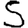
Digit: 5